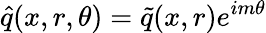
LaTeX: \hat{q}(x,r,\theta)=\tilde{q}(x,r)e^{im\theta}